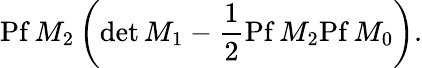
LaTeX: \mathrm{Pf}\, M_{2}\left(\mathrm{det}\, M_{1}-\frac{1}{2}\mathrm{Pf}\, M_{2}\mathrm{Pf}\, M_{0}\right).